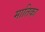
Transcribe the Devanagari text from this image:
मातिका